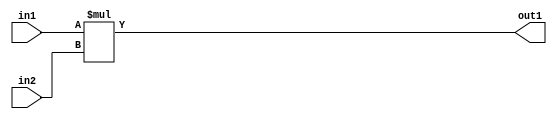
`timescale 1ps / 1ps
/*****************************************************************************
    Verilog RTL Description
    
    
    Created by: Stratus DpOpt 2019.1.01 
*******************************************************************************/

module st_feature_addr_gen_Mul_16Ux16U_32U_4_2 (
	in2,
	in1,
	out1
	); /* architecture "behavioural" */ 
input [15:0] in2,
	in1;
output [31:0] out1;
wire [31:0] asc001;

assign asc001 = 
	+(in1 * in2);

assign out1 = asc001;
endmodule

/* CADENCE  ubH0Tg4= : u9/ySgnWtBlWxVPRXgAZ4Og= ** DO NOT EDIT THIS LINE ******/